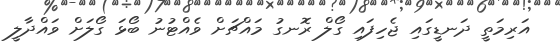
އަރިމަތީ ދަނޑީގައި ޖެހިފައި ގޯލް ރޮނގު މައްޗަށް ވެއްޓުނު ބޯޅަ ގޯލަށް ވައްދާލީ